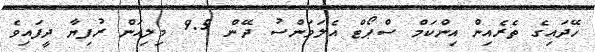
ހޭދައިގެ ތެރެއިން އިންކަމް ސްޕޯޓް އެލަވަންސު ދޭން 9.5 މިލިއަން ރުފިޔާ ދީފައިވެ